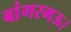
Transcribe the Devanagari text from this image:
बांगरमऊ।